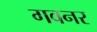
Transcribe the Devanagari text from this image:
गवनर